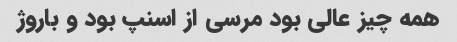
همه چیز عالی بود مرسی از اسنپ بود و باروژ